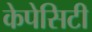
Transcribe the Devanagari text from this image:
केपेसिटी